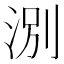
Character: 𪶃